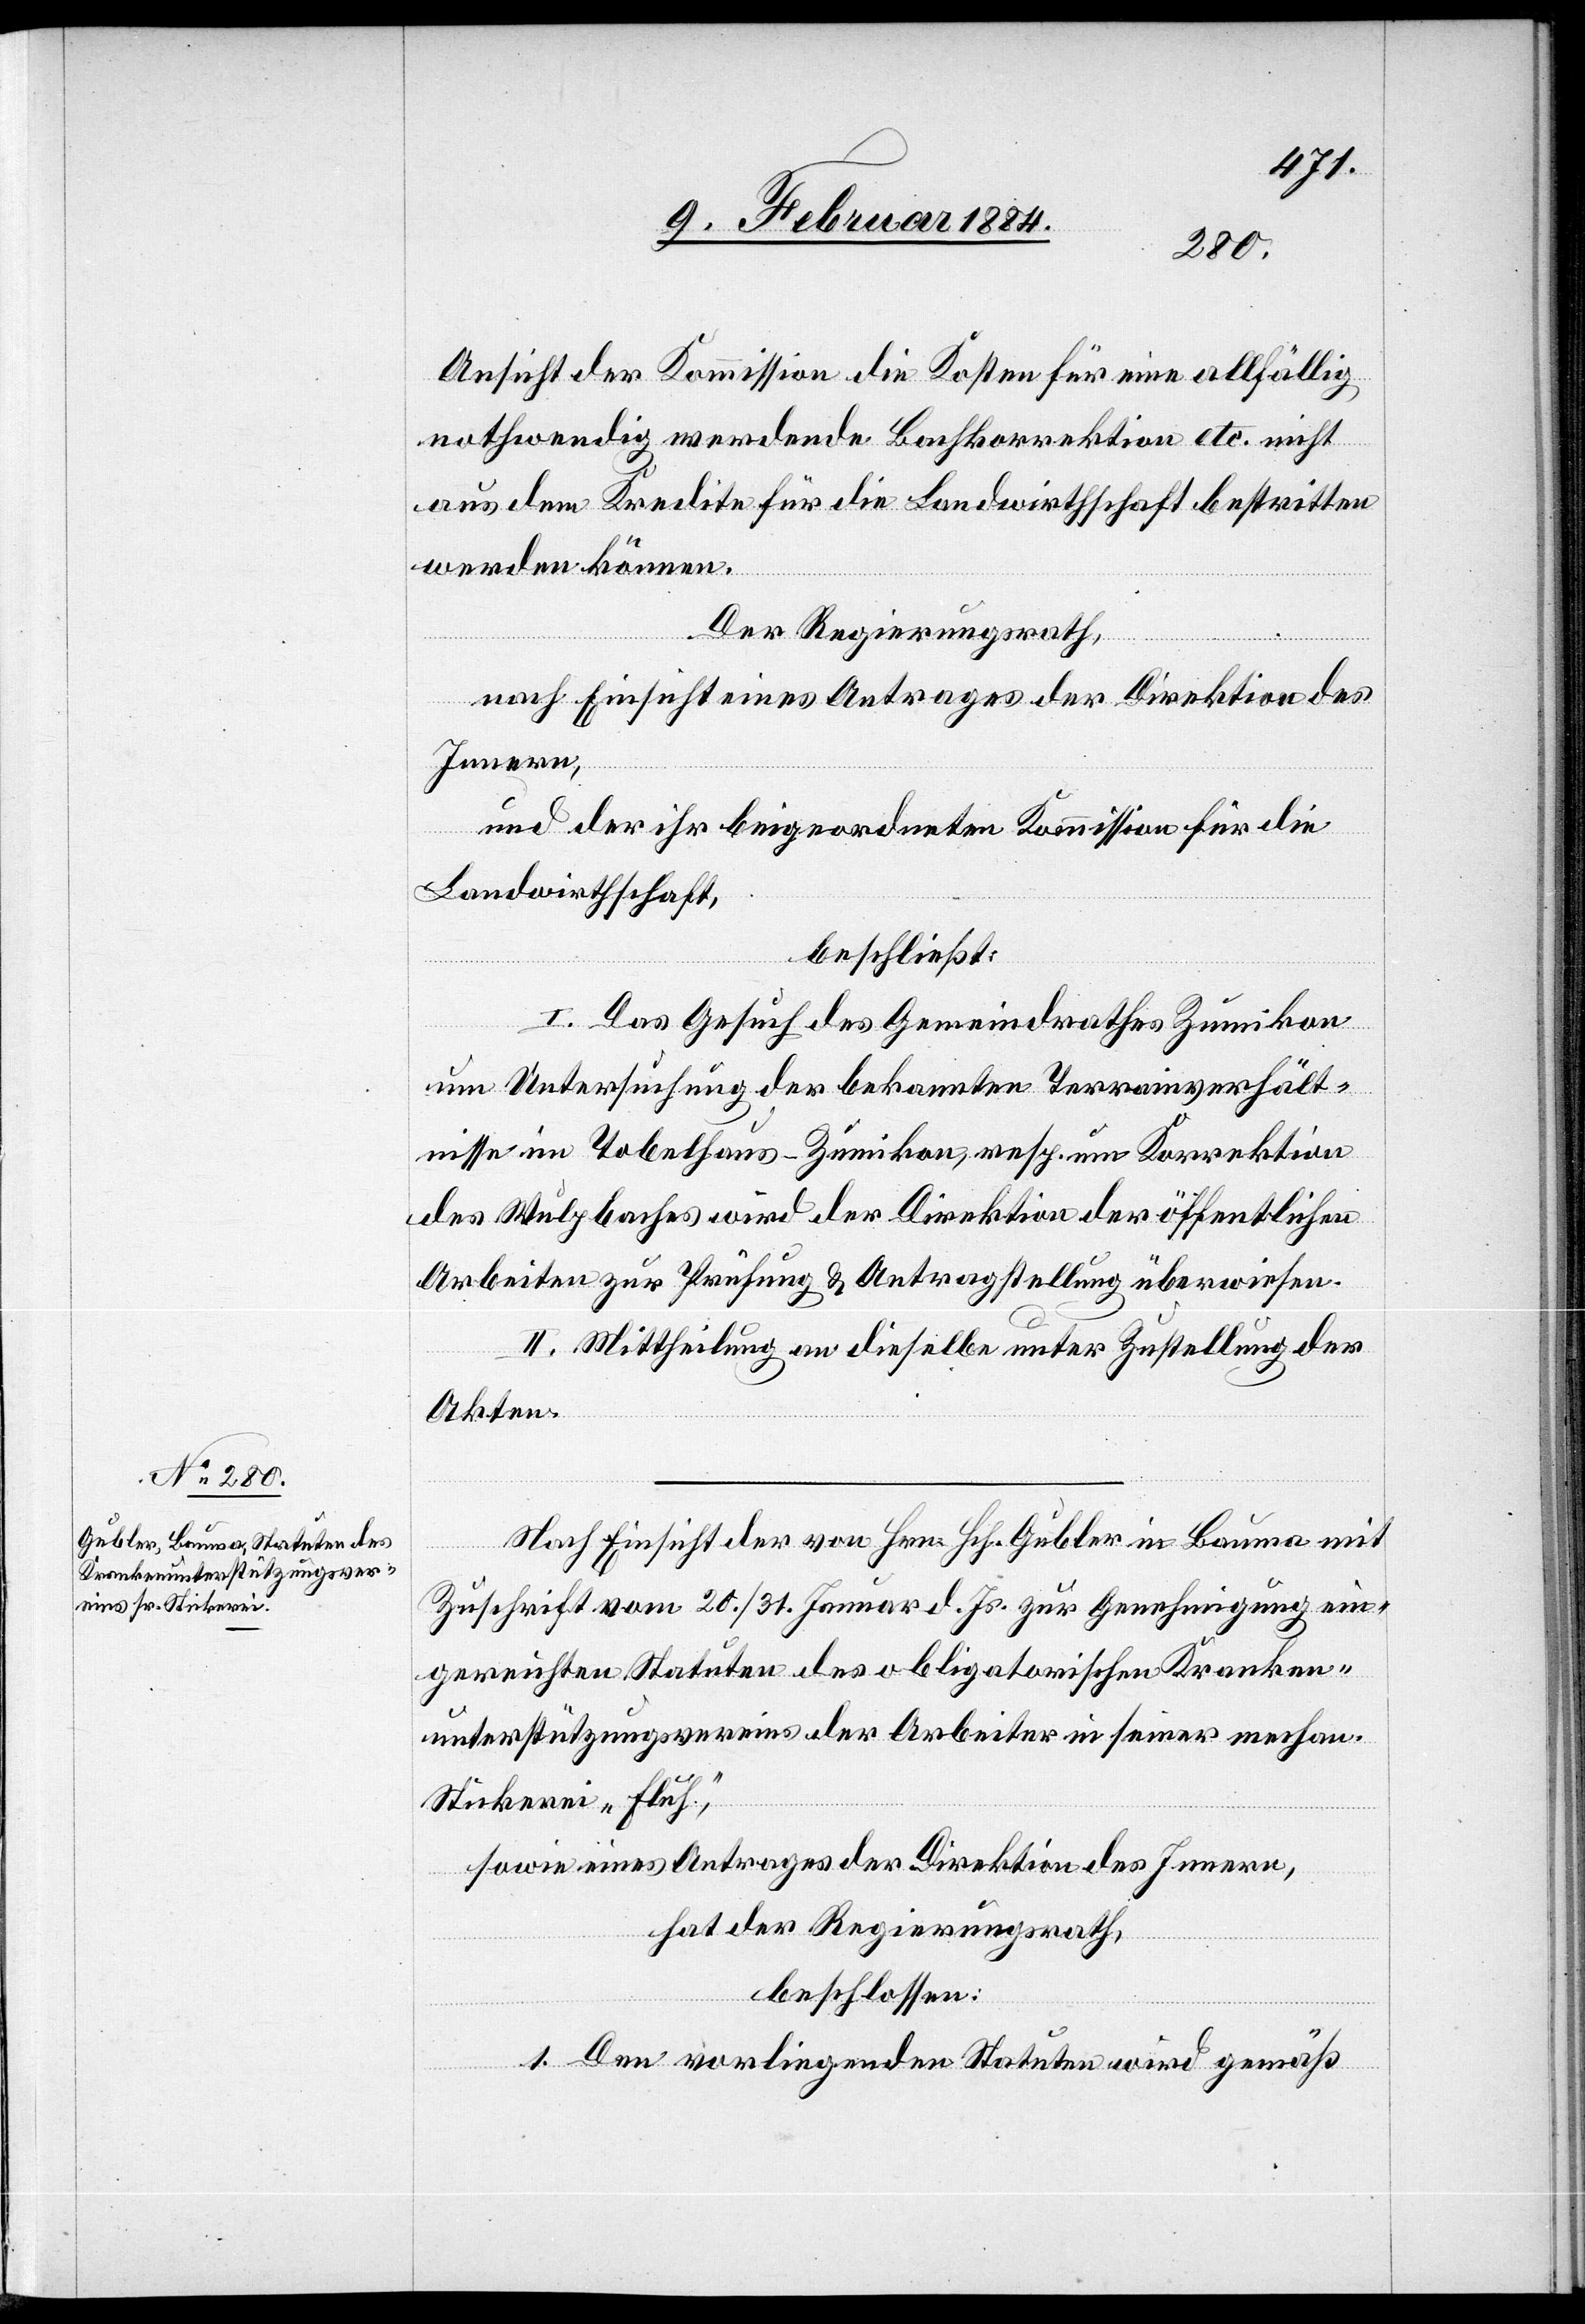
Ansicht der Kommission die Kosten für eine allfällig
nothwendig werdende Bachkorrektion etc. nicht
aus dem Kredite für die Landwirthschaft bestritten
werden können.
Der Regierungsrath,
nach Einsicht eines Antrages der Direktion des
Innern,
und der ihr beigeordneten Kommission für die
Landwirthschaft,
beschließt:
I. Das Gesuch des Gemeindrathes Zumikon
um Untersuchung der bekannten Terrainverhält¬
nisse im Tobelhaus - Zumikon, resp. um Korrektion
des Wulpbaches wird der Direktion der öffentlichen
Arbeiten zur Prüfung & Antragstellung überwiesen.
II. Mittheilung an dieselbe unter Zustellung der
Akten.
Nach Einsicht der von Hrn. Hch. Gubler in Bauma mit
Zuschrift vom 20./31. Januar d. Js. zur Genehmigung ein¬
gereichten Statuten des obligatorischen Kranken¬
unterstützungsvereins der Arbeiter in seiner mechan.
Stickerei „Fluh“,
sowie eines Antrages der Direktion des Innern,
hat der Regierungsrath,
beschlossen:
1. Den vorliegenden Statuten wird gemäß